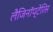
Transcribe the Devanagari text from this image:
लैजिनॉप्टेरिस